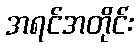
အရင်အတိုင်း